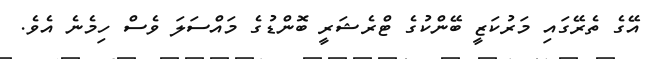
އޭގެ ތެރޭގަައި މަރުކަޒީ ބޭންކުގެ ޓްރެޝަރީ ބޮންޑުގެ މައްސަލަ ވެސް ހިމެނެ އެވެ.